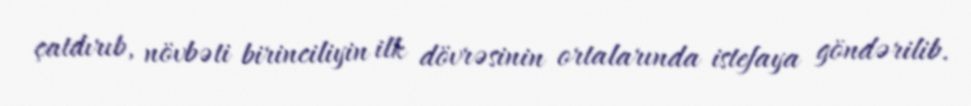
çatdırıb, növbəti birinciliyin ilk dövrəsinin ortalarında istefaya göndərilib.